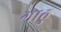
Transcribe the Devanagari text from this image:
गाठु